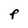
Character: F